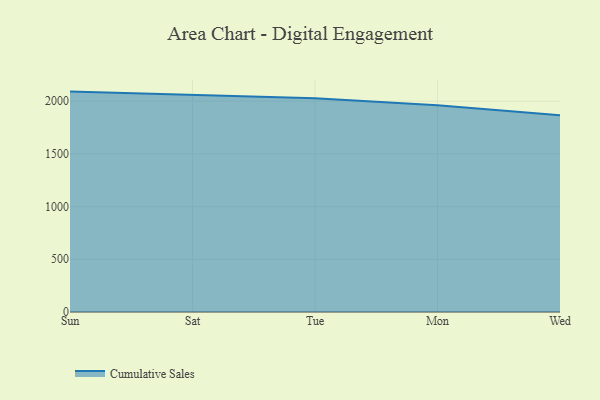
{"axis": {"x": "Day", "y": "Latency (ms)"}, "legend": ["Cumulative Sales"], "data": [{"x": "Sun", "y": 2090.6, "type": "Cumulative Sales"}, {"x": "Sat", "y": 2060.0, "type": "Cumulative Sales"}, {"x": "Tue", "y": 2026.4, "type": "Cumulative Sales"}, {"x": "Mon", "y": 1960.4, "type": "Cumulative Sales"}, {"x": "Wed", "y": 1866.3, "type": "Cumulative Sales"}]}